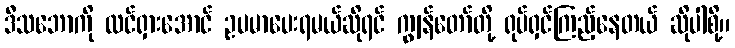
ဒီသဘောကို ထင်ရှားအောင် ဥပမာပေးရမယ်ဆိုရင် ကျွန်တော်တို့ ရုပ်ရှင်ကြည့်နေတယ် ဆိုပါစို့။